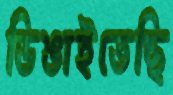
ডিঙাইতেছি